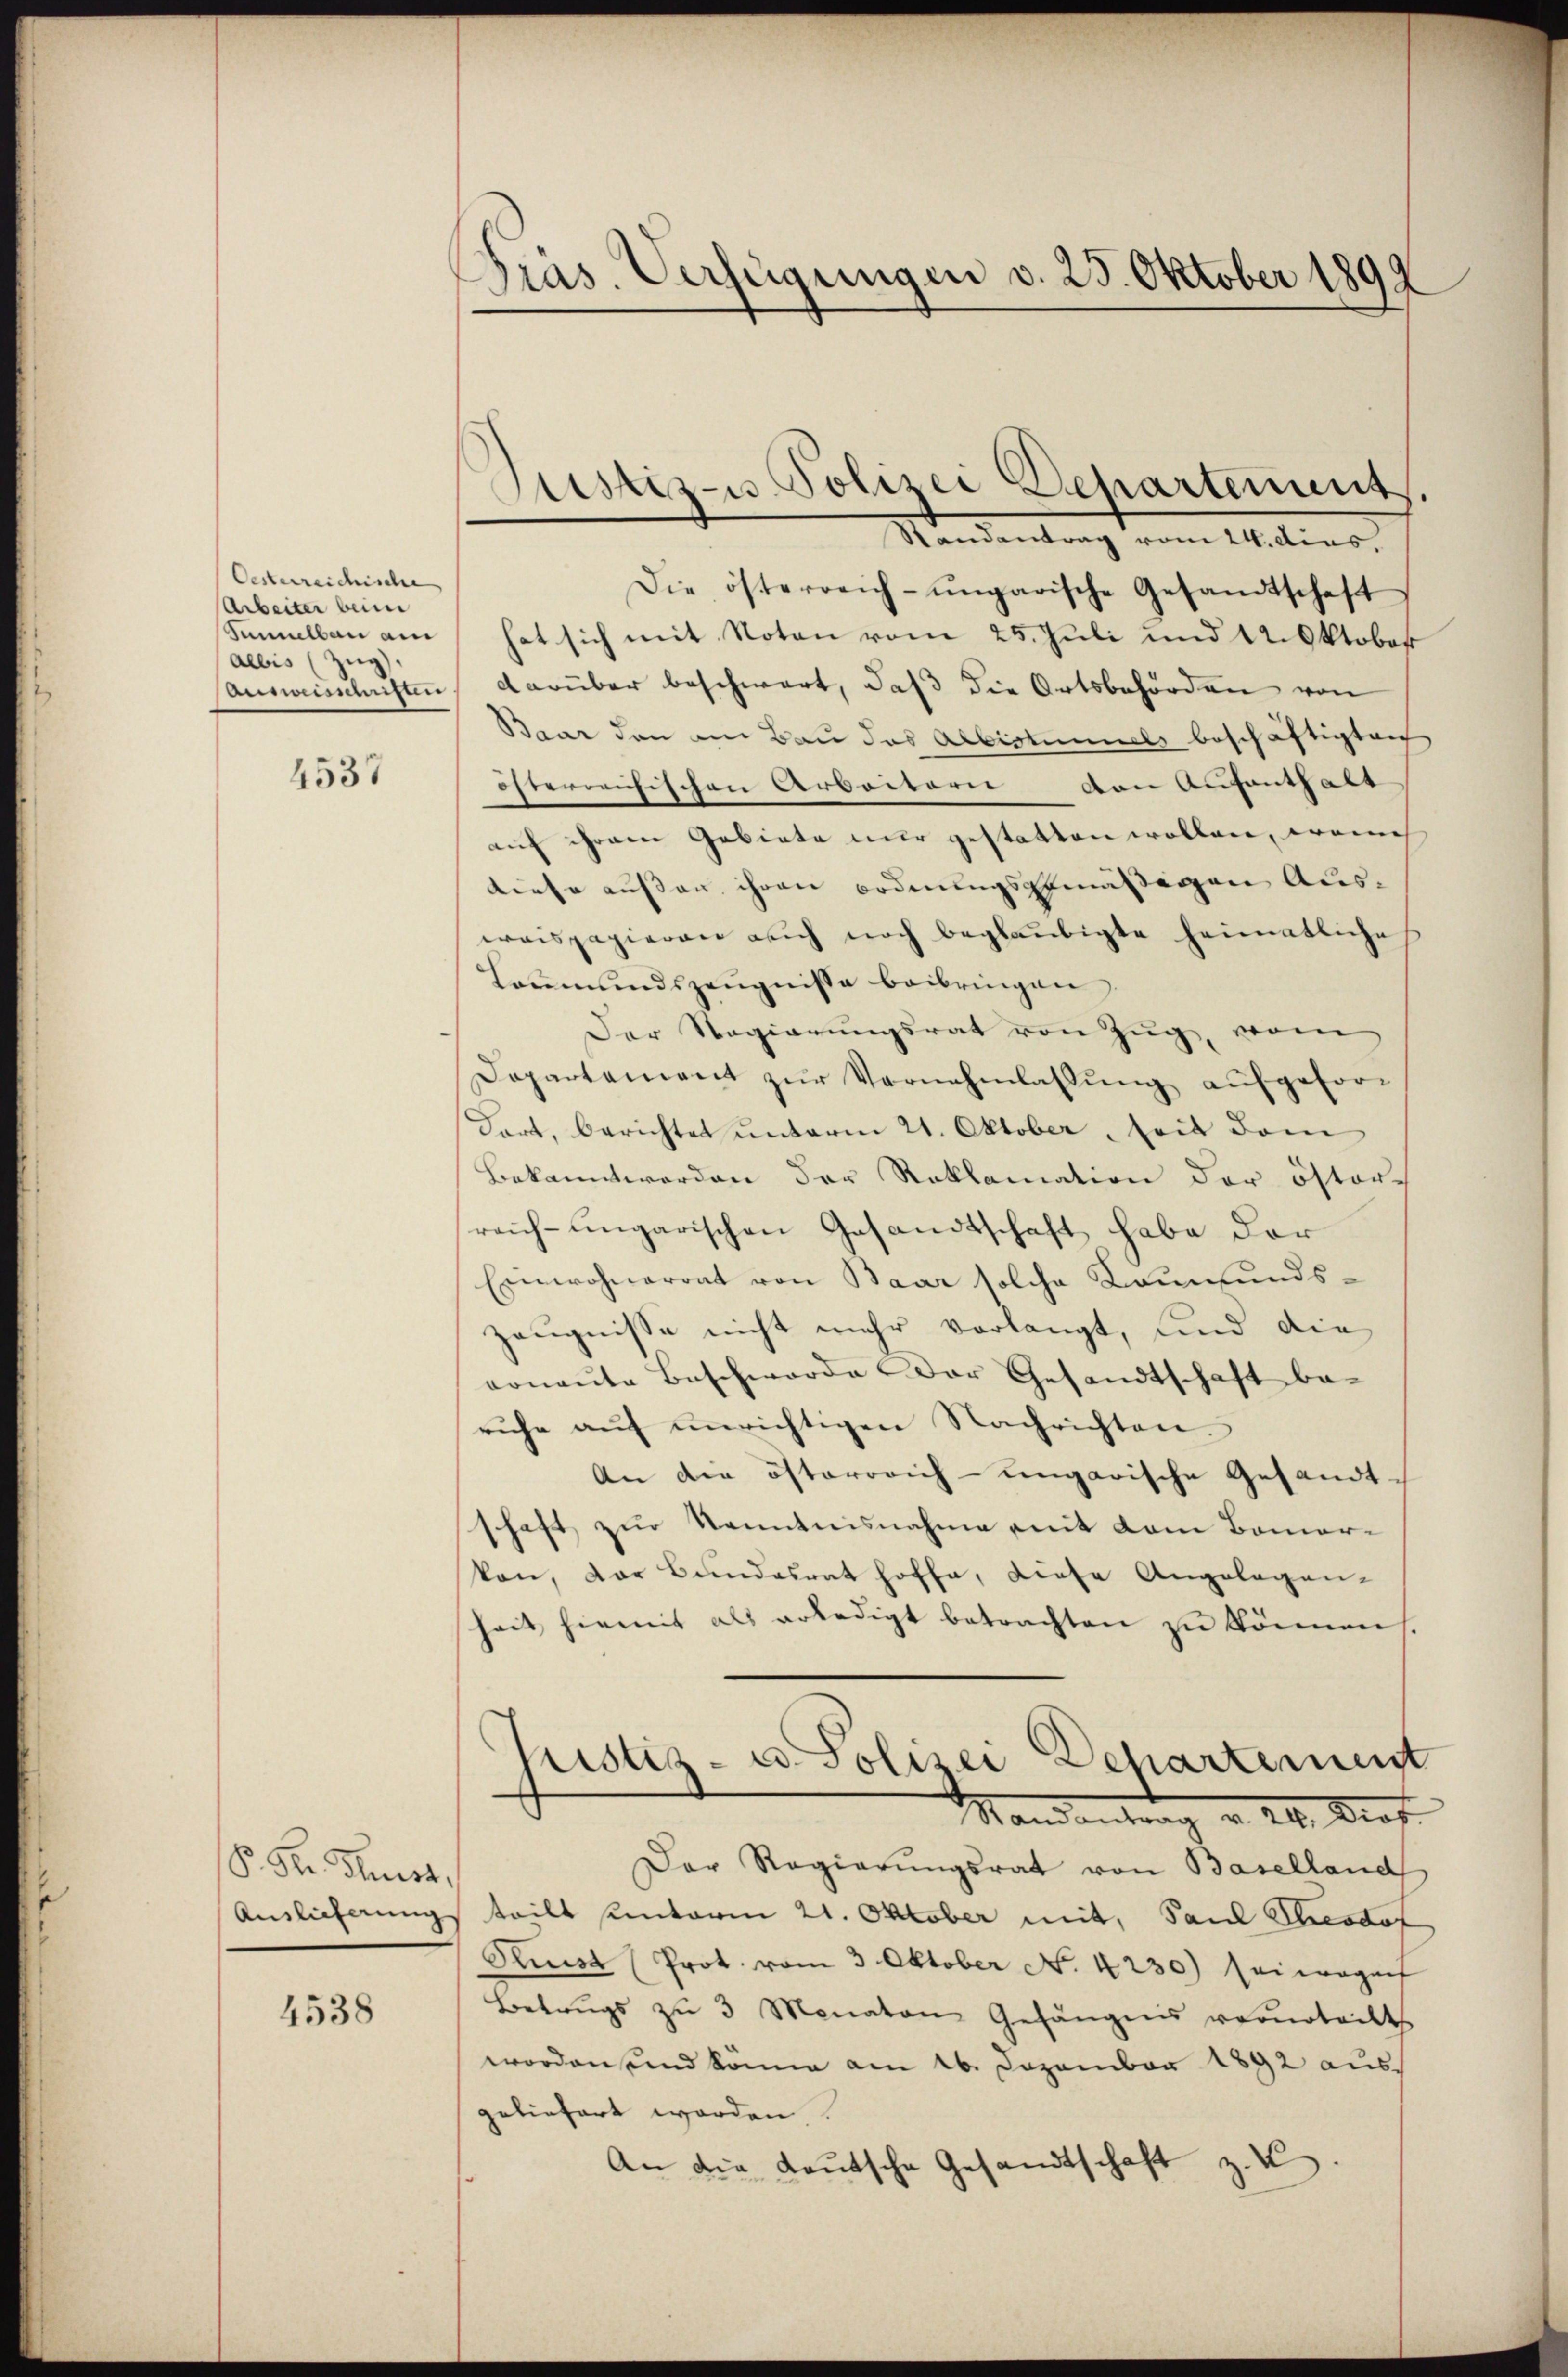
Oesterreichische
Arbeiter beim
Sumlbau am
Albis (Zug).
Anweismeisten

4537

P. Dr. Sust,
Auslieferung

4538

Präs. Verfügungen v. 25. Oktober 1892

Justiz- Polizei Behartement

Randantrag vom 24. dies
Die österreich-ungarische Gesandtschaft
hat sich mit Noten vom 25. Juli und 12. Oktober
darüber beschwart, daß die Ortsbehörden von
Baar den am Bau das Albistummels beschäftigten
österreichischen Arbeitern von Aufenthalt
auf ihrem Gebiete nur gestatten wollen, womi
diese außer ihren ordnungsgemäßigen Auseraispapieren auch noch beglaubigte heimatliches
Laŭmŭndszeŭgnisse beibringen
Der Regierungsrat von Zug, vom
Departament zŭr Vernehmlassŭng aŭfgefor-
Dart, berichtet unterm 21. Oktober, seit dem
Bekannt worden der Reklamation der öster-
reich-ungarischen Gesandtschaft habe der
Einwohnerrat von Baar solche Launfundszeugnisse nicht mehr verlangt, und die
vonante Beschwerde der Gesandtschaft be-
ruhe aŭf ŭnrichtigen Nachrichten.
An die österreich-ungarische Gesandt-
schaft zur Kenntnisnahme mit dem Bemer-
kan, der Bundesrat hoffe, diese Angelegen-
heit hiemit als erledigt betrachten zu können,
Justiz- u. Polizei Departement
Man                     . Prof.
Der Regierŭngsrat von Baselland
teilt unterm 21. Oktober mit, Paul Shesdof
Kunst (Prot. vom 3. Oktober No. 4230) sei wegen
Betrugs zŭ 3 Monaten Gefängnis verurteilt.
worden und könne am 16. Dezember 1892 ausgeliefert worden.
An die Leŭtsche Gesandtschaft z. K.